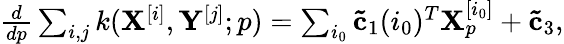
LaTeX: \begin{array}{r}{\frac{d}{d{p}}\sum_{i,j}k(\mathbf{X}^{[i]},\mathbf{Y}^{[j]};p)=\sum_{i_{0}}\mathbf{\tilde{c}}_{1}(i_{0})^{T}\mathbf{X}_{p}^{[i_{0}]}+\mathbf{\tilde{c}}_{3},}\end{array}